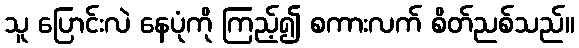
သူ ပြောင်းလဲ နေပုံကို ကြည့်၍ စကားလက် စိတ်ညစ်သည်။